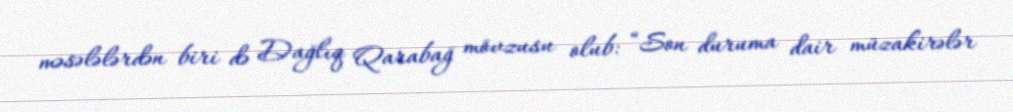
məsələlərdən biri də Dağlıq Qarabağ mövzusu olub: “Son duruma dair müzakirələr